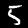
Digit: 5